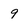
Character: 9